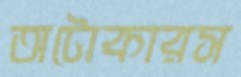
অটোকারস